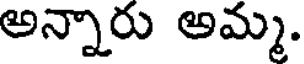
అన్నారు అమ్మ.